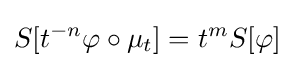
S[t^{-n}\varphi \circ \mu _{t}]=t^{m}S[\varphi ]